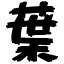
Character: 葉